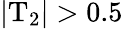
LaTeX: |\mathrm{T}_{2}|>0.5